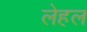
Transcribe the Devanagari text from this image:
लेहल